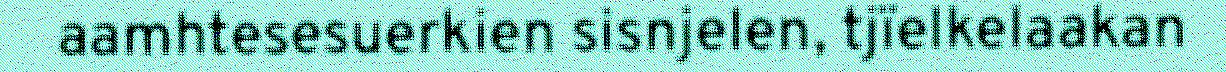
aamhtesesuerkien sisnjelen, tjïelkelaakan